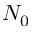
N _ { 0 }